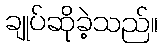
ချုပ်ဆိုခဲ့သည်။